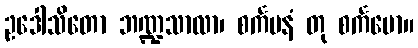
ဥဒေါသိတော ဘဏ္ဍသာလာ၊ စင်္ကမနံ တု စင်္ကမော။